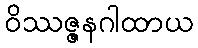
ဝိဿဇ္ဇနဂါထာယ